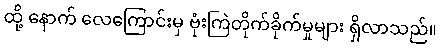
ထို့ နောက် လေကြောင်းမှ ဗုံးကြဲတိုက်ခိုက်မှုများ ရှိလာသည်။